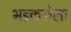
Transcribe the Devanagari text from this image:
भडकलेला